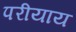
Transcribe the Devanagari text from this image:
परीयाय